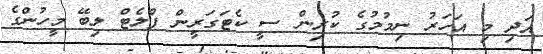
އަދި މި އަހަރު ނިމުމުގެ ކުރިން ސީ ކެޓަގަރީން ފްލެޓް ލިބޭ މީހުންގެ